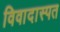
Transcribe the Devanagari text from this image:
विवादास्पत